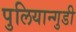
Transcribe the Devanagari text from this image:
पुलियान्गुडी